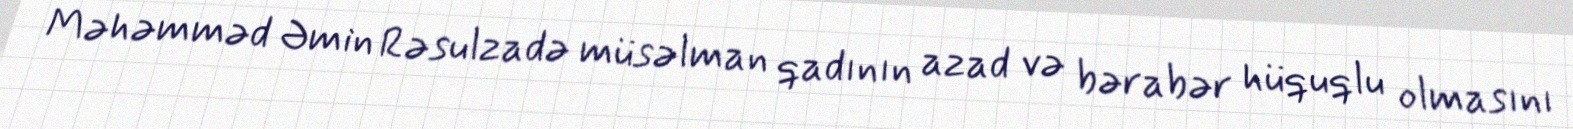
Məhəmməd Əmin Rəsulzadə müsəlman qadının azad və bərabər hüquqlu olmasını